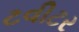
ટવીટર